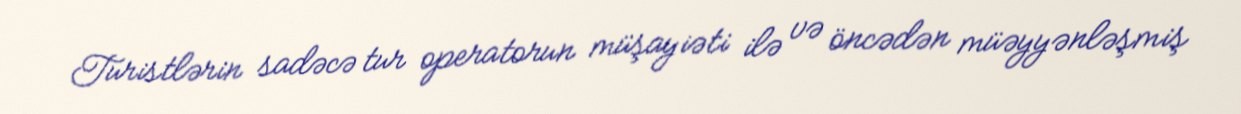
Turistlərin sadəcə tur operatorun müşayiəti ilə və öncədən müəyyənləşmiş